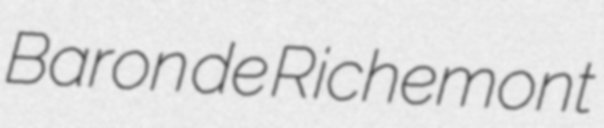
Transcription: Baron de Richemont